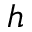
h